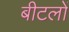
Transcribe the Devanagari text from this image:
बीटलों